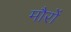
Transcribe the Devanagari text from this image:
मौरों